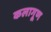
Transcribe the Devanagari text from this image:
कलागूण